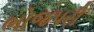
ભોજપરી